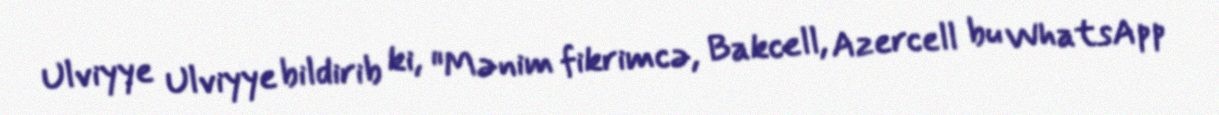
Ulviyye Ulviyye bildirib ki, "Mənim fikrimcə, Bakcell, Azercell bu WhatsApp